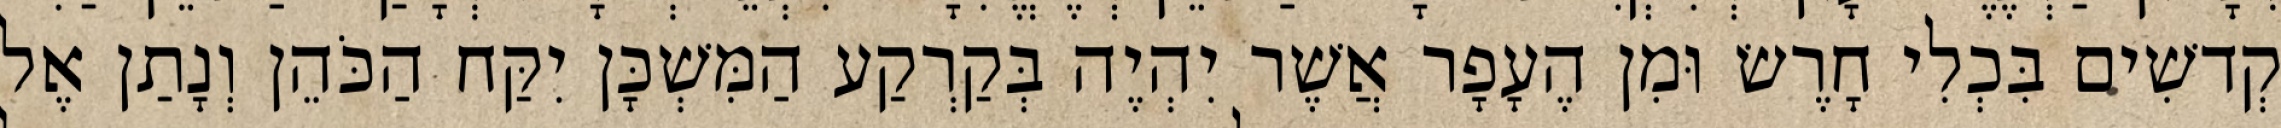
קְדשִׁים בִּכְלִי חָרֶשׂ וּמִן הֶעָפָר אֲשֶׁר יִהְיֶה בְּקַרְקַע הַמִּשְׁכָּן יִקַּח הַכֹּהֵן וְנָתַן אֶל